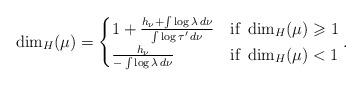
LaTeX: \begin{align*}\dim _H ( \mu ) =\begin{cases} 1 + \frac{ h _\nu + \int \log \lambda \, d \nu }{\int \log \tau ' \, d \nu}& \mbox{if } \dim _H ( \mu ) \geqslant 1 \\ \frac{h _\nu}{- \int \log \lambda \, d \nu} & \mbox{if } \dim _H ( \mu ) < 1 \end{cases} .\end{align*}